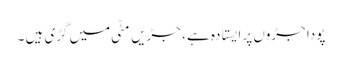
پودا جڑوں پر ایستادہ ہے ، جڑیں مٹّی میں گڑی ہیں ۔